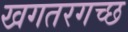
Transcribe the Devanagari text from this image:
खगतरगच्छ